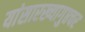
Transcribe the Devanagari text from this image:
यांसारख्यागुप्तचर